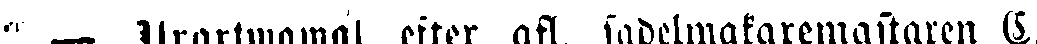
" — Urartmawal efter afl. sadelmakaremastaren S.